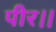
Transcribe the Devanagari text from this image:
पीर।।